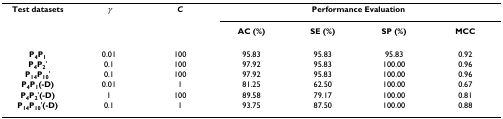
| Test datasets | γ | C | <COLSPAN=4> Performance Evaluation |
 |  |  |  | AC (%) | SE (%) | SP (%) | MCC |
 | --- | --- | --- | --- | --- | --- | --- |
 | P4P1 | 0.01 | 100 | 95.83 | 95.83 | 95.83 | 0.92 |
 | P4P2' | 0.1 | 100 | 97.92 | 95.83 | 100.00 | 0.96 |
 | P14P10' | 0.1 | 100 | 97.92 | 95.83 | 100.00 | 0.96 |
 | P4P1(-D) | 0.01 | 1 | 81.25 | 62.50 | 100.00 | 0.67 |
 | P4P2'(-D) | 1 | 100 | 89.58 | 79.17 | 100.00 | 0.81 |
 | P14P10'(-D) | 0.1 | 1 | 93.75 | 87.50 | 100.00 | 0.88 |